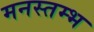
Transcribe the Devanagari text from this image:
मनस्तम्भ